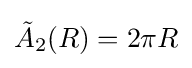
{\tilde {A}}_{2}(R)=2\pi R